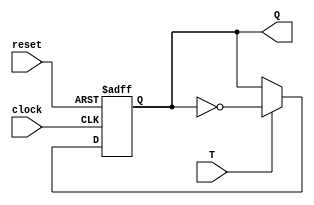
// Declaracao do modulo do flip-flop T
module flipflopT (T, clock, reset, Q);

	// Declaracao de portas
   input T;
   input clock;
   input reset;
   output reg Q;

   always @(posedge clock or posedge reset) begin
       if (reset) begin
           Q <= 0;
       end else if (T) begin
			Q <= ~Q;
       end
   end

endmodule